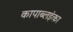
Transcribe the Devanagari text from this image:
कापाब्लइंका